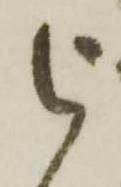
被